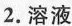
2.溶液